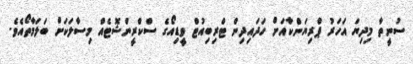
ސުނީތާ މިދިޔަ އަހަރު ޕްރިޔަންކާއަށް ހަދައިދިން ޓްރިބިއުޓް ވީޑިއޯގެ ސްކްރީންޝޮޓެއް މިސާލަކަށް ބަލަމާތޯއެވެ.